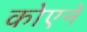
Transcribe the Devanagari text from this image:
कोएने